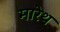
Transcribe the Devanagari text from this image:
मारेथ